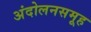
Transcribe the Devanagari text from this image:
अंदोलनसमूह